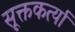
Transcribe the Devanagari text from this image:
सूक्तकर्त्या